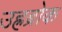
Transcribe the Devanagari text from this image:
उह्रब्रोक